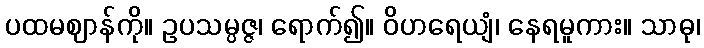
ပထမဈာန်ကို။ ဥပသမ္ပဇ္ဇ၊ ရောက်၍။ ဝိဟရေယျံ၊ နေရမူကား။ သာဓု၊